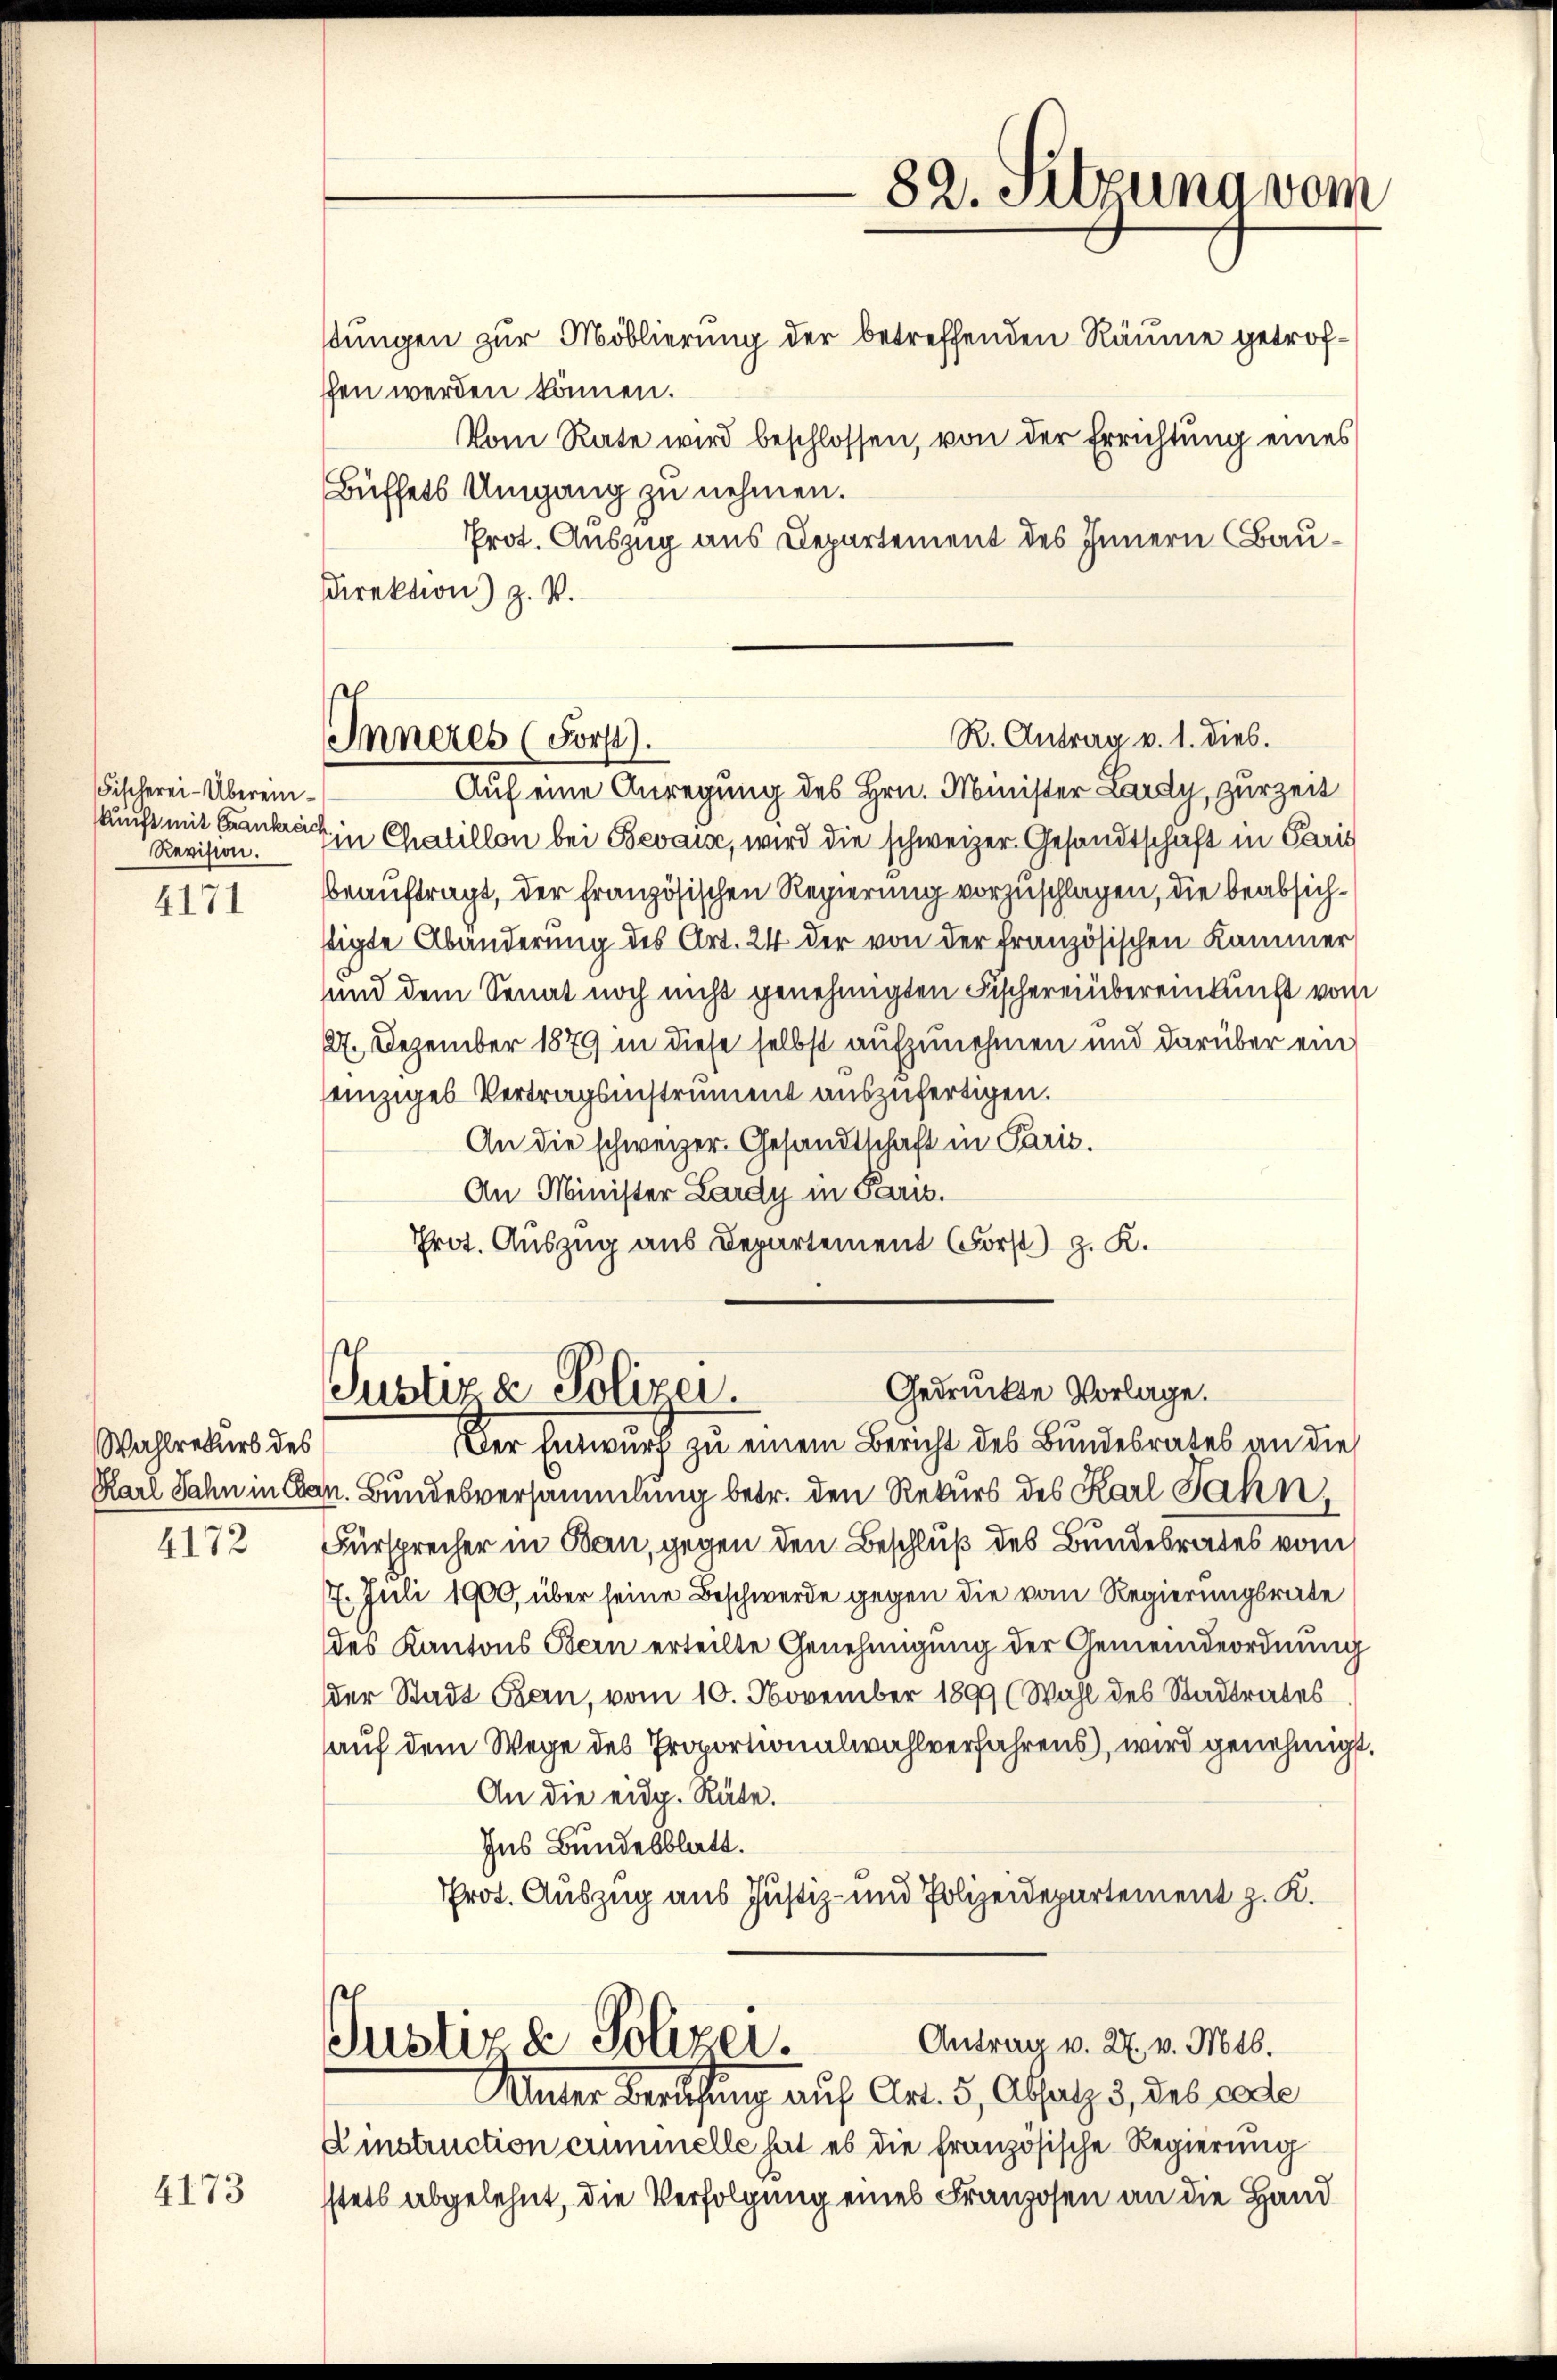
Fischerei-Überein¬
Revision.

4171

Wahlrekurs des
Karl Jahn in Ber
4172

4173

fen werden können.
Vom Rate wird beschlossen, von der Errichtung eines
Büffets Umgang zu nehmen.
Prot. Auszug aus Departement des Innern Bau¬
Direktion) Z. V.

Inneres (Forst).

Gedruckte Vorlage.
Justiz & Polizei.

82. Sitzung vom
stungen zur Moblierung der betreffenden Räume getrof¬

R. Antrag v. 1. dies.

Der Entwurf zu einem Bericht des Bundesrates an die
Bundesversammlung betr. den Rekurs des Karl Jahn,
Fürsprecher in Bern, gegen den Beschluß des Bundesrates vom
7. Juli 1900, über seine Beschwerde gegen die vom Regierungsrate
des Kantons Bern erteilte Genehmigung der Gemeindeordnung
der Stadt Bern, vom 10. November 1899 (Wahl des Stadtrates
auf dem Wege des Proportionalwahlverfahrens, wird genehmigt
An die eidg. Räte.
Ins Bundesblatt.
Prot. Auszug aus Justiz- und Polizeidepartement z. K.
Antrag v. 27. v. Mts.
Justiz & Polizei.
Unter Berufung auf Art. 5, Absatz 5, des cade
Dinstruction cuminelle hat es die französische Regierung
stets abgelehnt, die Verfolgung eines Franzosen an die Hand

Auf eine Anregung des Hrn. Minister Lardy, zur Zeit
kunft mit Frankret in Chaillon bei Bevaise, wird die schweizer. Gesandtschaft in Paris
beauftragt, der französischen Regierung vorzuschlagen, die beabsichstigte Abänderung des Art. 24 der von der französischen Kammer
und dem Senat noch nicht genehmigten Fischereinbereinkunft vom
27. Dezember 1879 in diese selbst aufzunehmen und darüber ein
einziges Vertragsinstrument auszufertigen.
An die schweizer. Gesandtschaft in Paris.
An Minister Lardy in Paris.
Prot. Auszug aus Departement Forst) z. K.